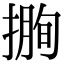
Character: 𢲰